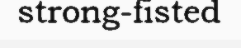
strong-fisted